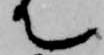
て